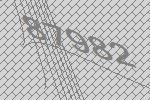
87982